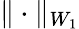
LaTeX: \| \cdot\| _{W_{1}}